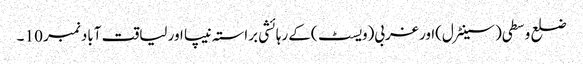
ضلع وسطی(سینٹرل)اور غربی(ویسٹ )کے رہائشی براستہ نیپا اور لیاقت آباد نمبر 10 ۔